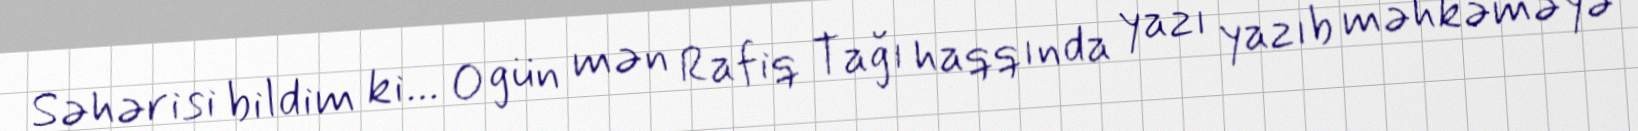
Səhərisi bildim ki... O gün mən Rafiq Tağı haqqında yazı yazıb məhkəməyə